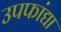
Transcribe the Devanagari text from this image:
उपफांद्या